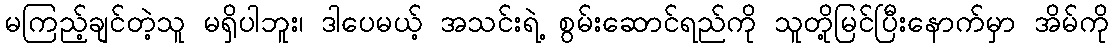
မကြည့်ချင်တဲ့သူ မရှိပါဘူး၊ ဒါပေမယ့် အသင်းရဲ့ စွမ်းဆောင်ရည်ကို သူတို့မြင်ပြီးနောက်မှာ အိမ်ကို